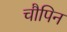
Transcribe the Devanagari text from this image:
चौपिन